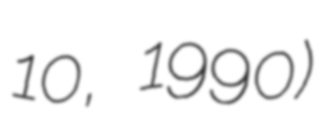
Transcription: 10, 1990)